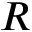
R